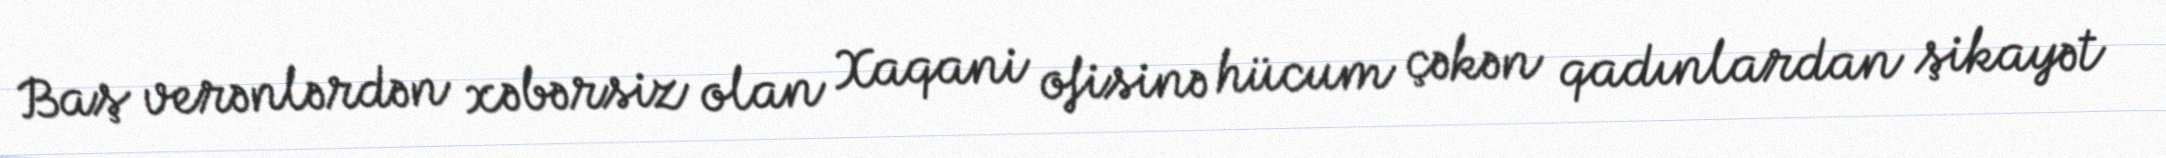
Baş verənlərdən xəbərsiz olan Xaqani ofisinə hücum çəkən qadınlardan şikayət